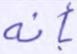
بأنه